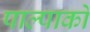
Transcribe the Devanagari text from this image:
पाल्पाको